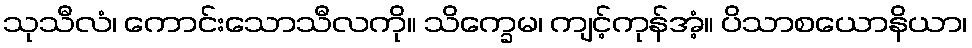
သုသီလံ၊ ကောင်းသောသီလကို။ သိက္ခေမ၊ ကျင့်ကုန်အံ့။ ပိသာစယောနိယာ၊